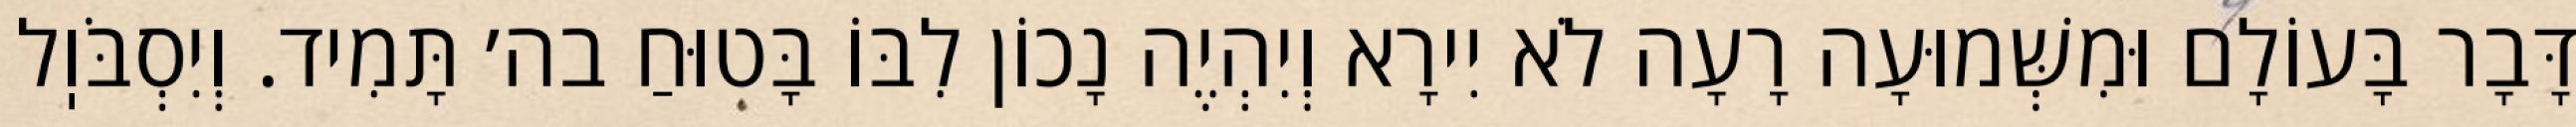
דָּבָר בָּעוֹלָם וּמִשְּׁמוּעָה רָעָה לֹא יִירָא וְיִהְיֶה נָכוֹן לִבּוֹ בָּטוּחַ בה׳ תָּמִיד. וְיִסְבֹּוֽל